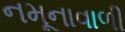
નમૂનાવાળી